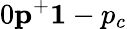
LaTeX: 0\le p^{+}\le 1-p_{c}